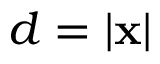
d = | \mathbf { x } |